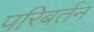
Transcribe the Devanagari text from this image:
परिबर्तन